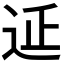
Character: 𨒂